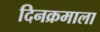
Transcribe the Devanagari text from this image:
दिनक्रमाला